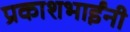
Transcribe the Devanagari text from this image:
प्रकाशभाईंनी